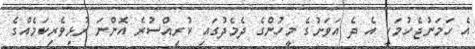
އެ ހަމަނުޖެހުމަކީ އެ ދެ އަވަށުގެ މީހުންގެ ދެމެދުގައި ކުރިއްސުރެ އޮންނަ ރުޅިވެރިކަމެއްގެ